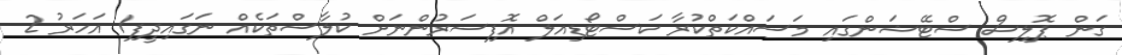
ގަން ޕޮލިސް ސްޓޭޝަންގައި މަސައްކަތްކުރާ ކަސްޓޯޑިއަލް އޮފިސަރުންނަށް ކުލާސްތަކެއް ނަގައިދީފި1 އަހަރު 2